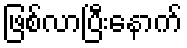
ဖြစ်လာပြီးနောက်